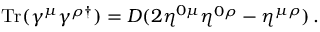
\mathrm { T r } ( \gamma ^ { \mu } \gamma ^ { \rho \dagger } ) = D ( 2 \eta ^ { 0 \mu } \eta ^ { 0 \rho } - \eta ^ { \mu \rho } ) \, .